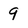
Character: 9